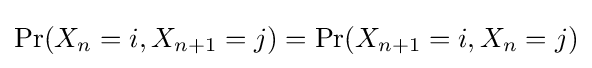
\Pr(X_{n}=i,X_{n+1}=j)=\Pr(X_{n+1}=i,X_{n}=j)